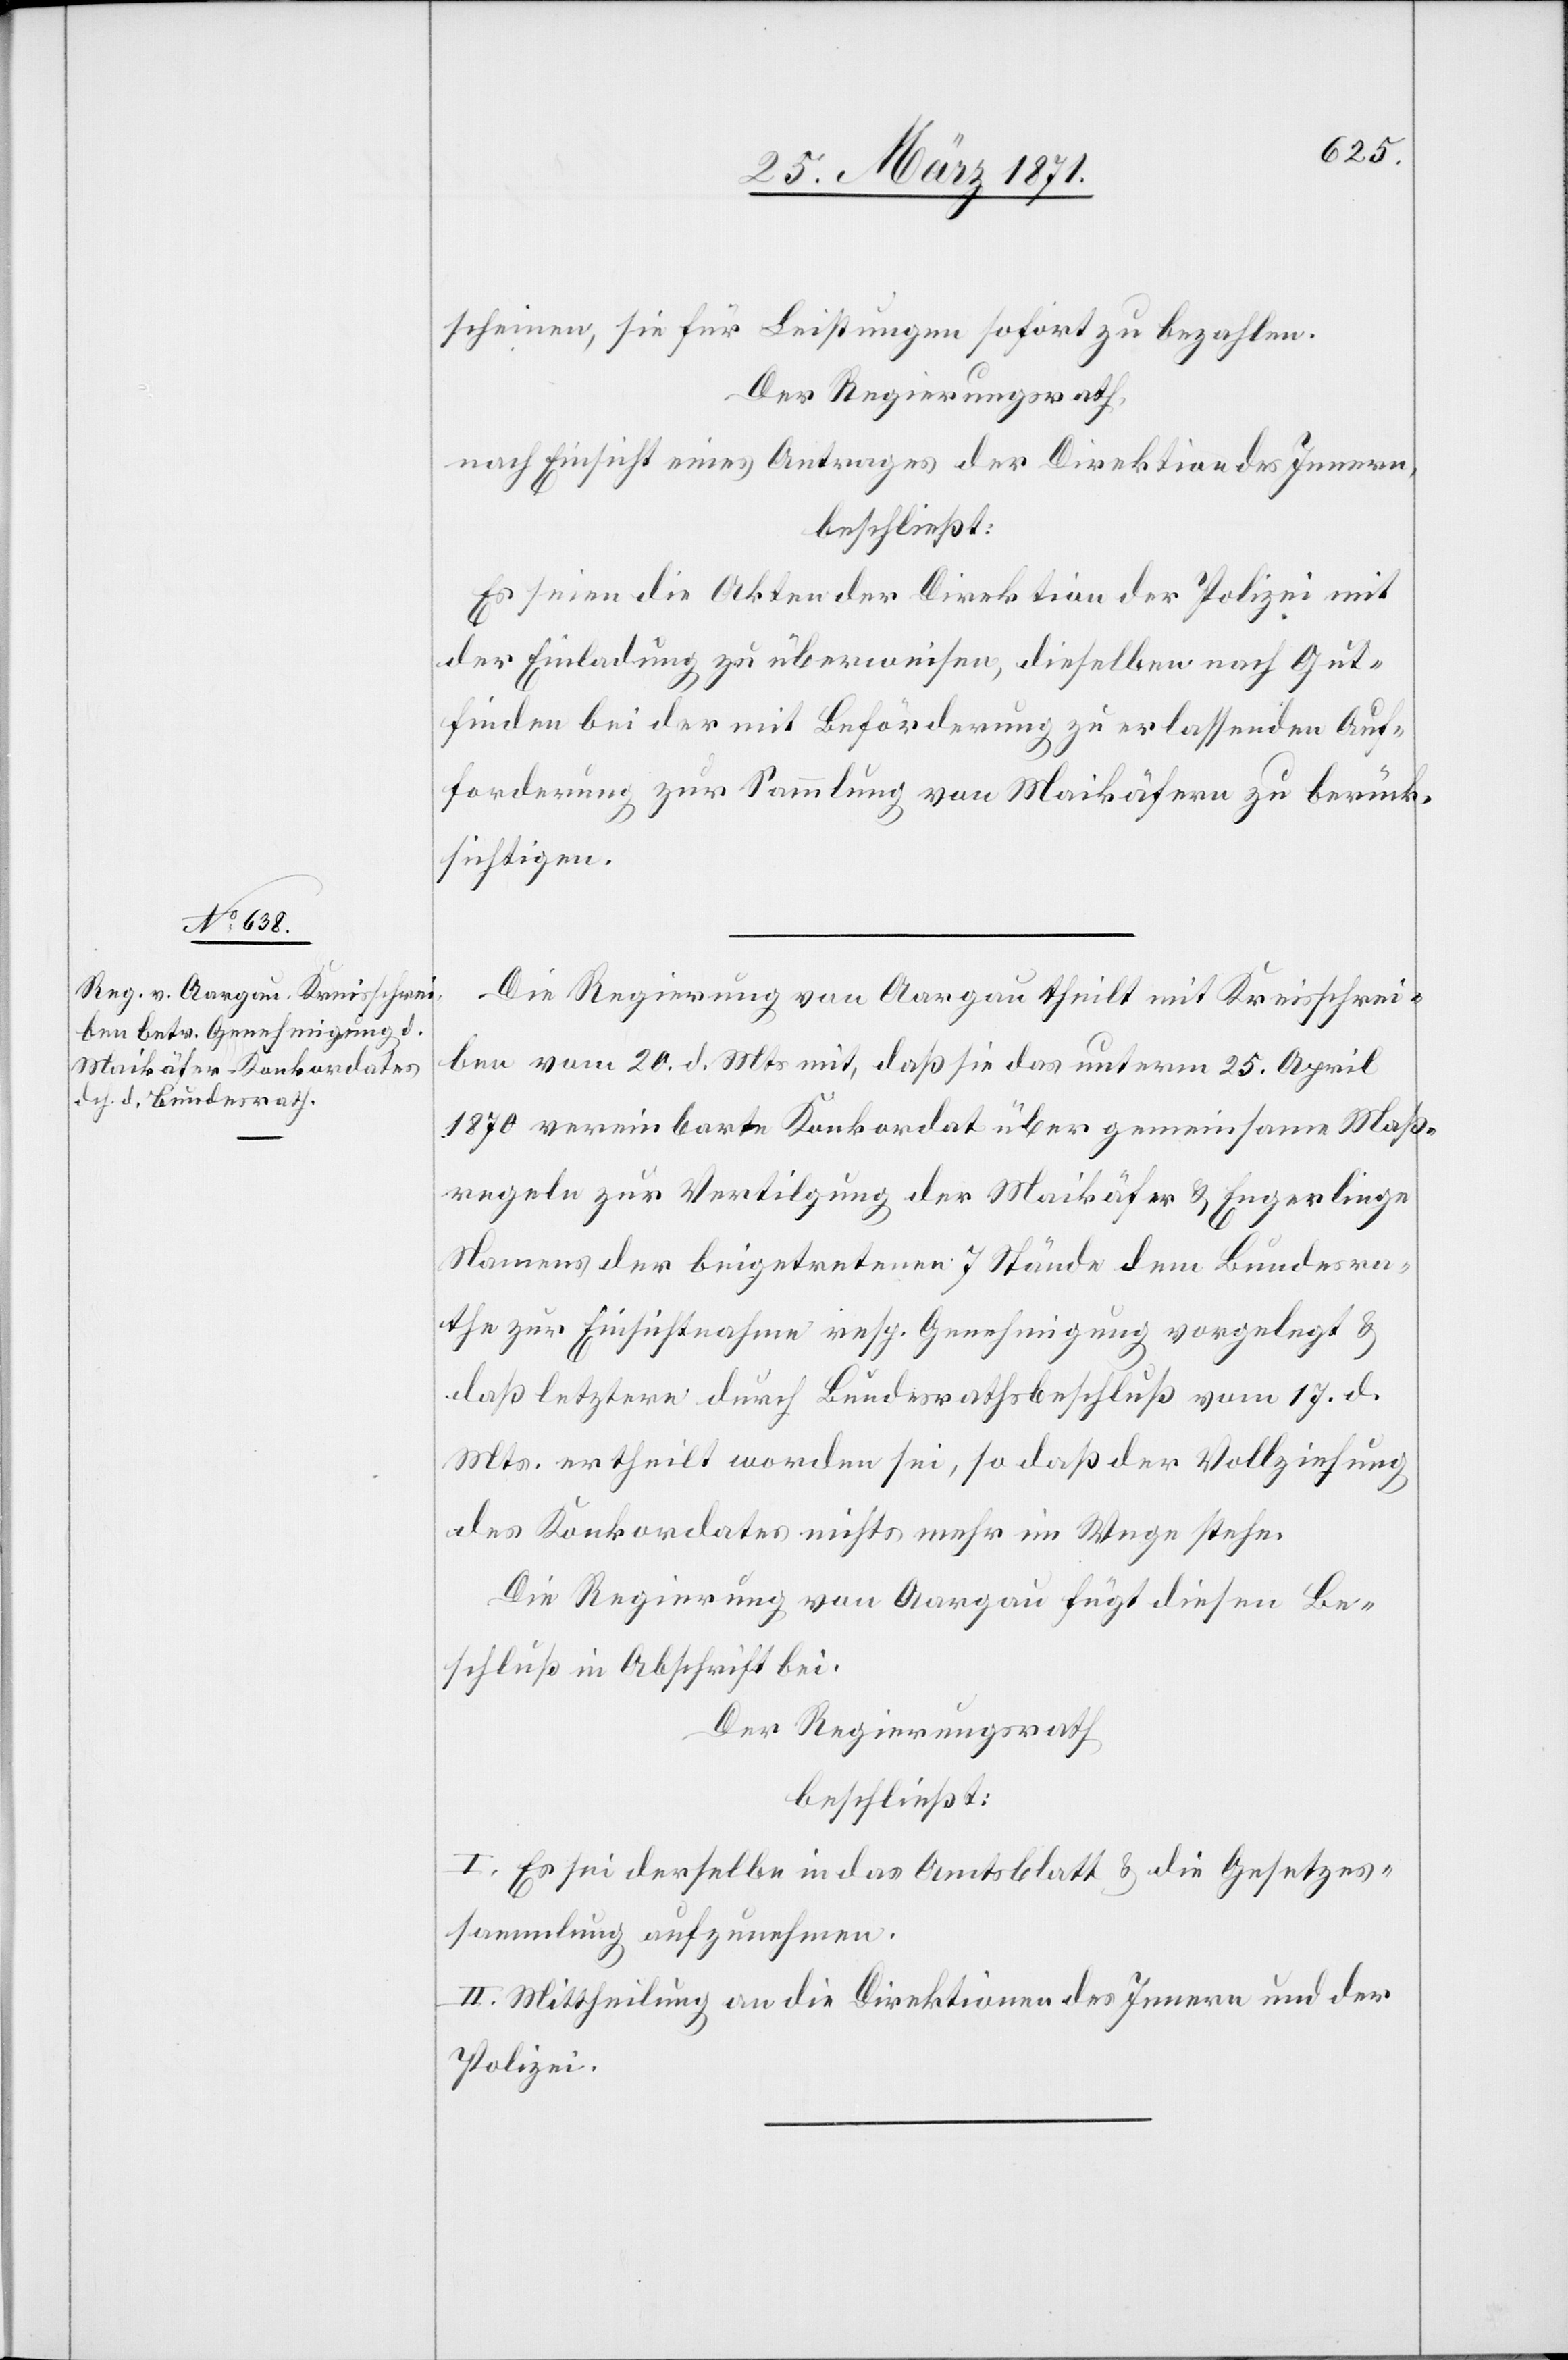
scheinen, sie für Leistungen sofort zu bezahlen.
Der Regierungsrath,
nach Einsicht eines Antrages der Direktion des Innern,
beschließt:
Es seien die Akten der Direktion der Polizei mit
der Einladung zu überweisen, dieselben nach Gut¬
finden bei der mit Beförderung zu erlassenden Auf¬
forderung zur Sammlung von Maikäfern zu berück¬
sichtigen.
Die Regierung von Aargau theilt mit Kreisschrei¬
ben vom 20. d. Mts. mit, daß sie das unterm 25. April
1870 vereinbarte Konkordat über gemeinsame Maß¬
regeln zur Vertilgung der Maikäfer u. Engerlinge
Namens der beigetretenen 7 Stände dem Bundesra¬
the zur Einsichtnahme resp. Genehmigung vorgelegt u.
daß letztern durch Bundesrathsbeschluß vom 17. d.
Mts. ertheilt worden sei, so daß der Vollziehung
des Konkordates nichts mehr im Wege stehe.
Die Regierung von Aargau fügt diesen Be¬
schluß in Abschrift bei.
Der Regierungsrath
beschließt:
I. Es sei derselbe in das Amtsblatt u. die Gesetzes¬
sammlung aufzunehmen.
II. Mittheilung an die Direktion des Innern und der
Polizei.